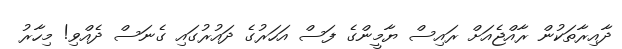
ދާއިރާތަކުން ރާއްޖެއަށް ރައިސް ޔާމީންގެ ފަސް އަހަރުގެ ދައުރުގައި ގެނަސް ދެއްވި! މިހާރު